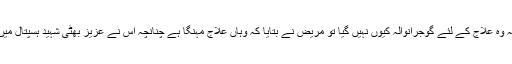
کمشنر نے دریافت کیا کہ وہ علاج کے لئے گوجرانوالہ کیوں نہیں گیا تو مریض نے بتایا کہ وہاں علاج مہنگا ہے چنانچہ اس نے عزیز بھٹی شہید ہسپتال میںعلاج کو ترجیح دی ہے۔